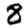
Digit: 8